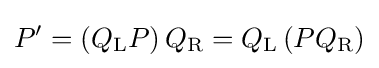
P'=\left(Q_{\mathrm {L} }P\right)Q_{\mathrm {R} }=Q_{\mathrm {L} }\left(PQ_{\mathrm {R} }\right)